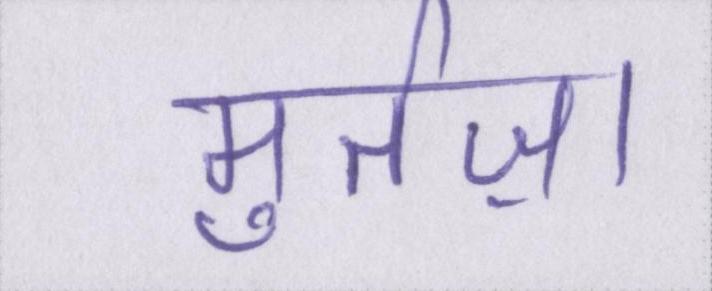
मुर्तज़ा